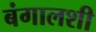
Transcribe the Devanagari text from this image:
बंगालशी